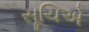
સૂચિએ